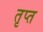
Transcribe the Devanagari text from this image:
तृप्‍त